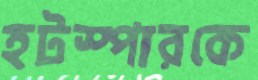
হটস্পারকে